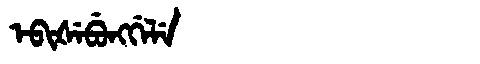
Manchu: ᡝᠪᡳᡧᡝᠪᡠᠩᡤᡝᠯᡝ
Romanization: EBIŠEBUNGGELE